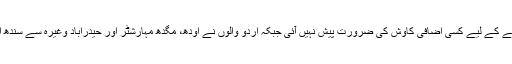
وہ اپنی دھرتی میں رہے اپنی ثقافت سے دور نہیں ہوئے جبکہ اس لیے ان کو اپنی شناخت قائم رکھنے کے لیے کسی اضافی کاوش کی ضرورت پیش نہیں آئی جبکہ اردو والوں نے اودھ، مگدھ مہارشٹر اور حیدراباد وغیرہ سے سندھ اور پنجاب کی طرف ہجرت کی جہاں کی زبان اردو نہیں تھی لباس الگ تھا اور عادات واطوار بھی۔